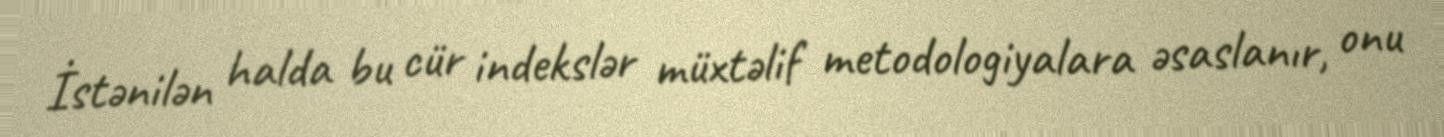
İstənilən halda bu cür indekslər müxtəlif metodologiyalara əsaslanır, onu